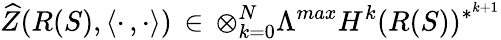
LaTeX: \widehat{Z}(R(S),\langle\cdot\, ,\cdot\rangle)\, \in\, \otimes_{k=0}^{N}\Lambda^{max}H^{k}(R(S))^{*^{k+1}}